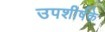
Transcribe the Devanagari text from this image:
उपशीर्षके